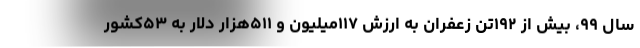
سال ۹۹، بیش از ۱۹۲تن زعفران به ارزش ۱۱۷میلیون و ۵۱۱هزار دلار به ۵۳کشور